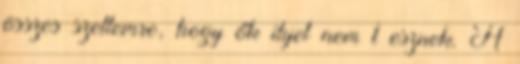
összes szellemre, hogy ők ilyet nem t esznek. A